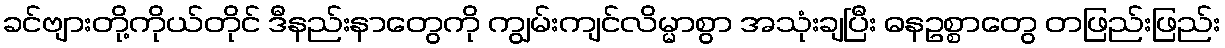
ခင်ဗျားတို့ကိုယ်တိုင် ဒီနည်းနာတွေကို ကျွမ်းကျင်လိမ္မာစွာ အသုံးချပြီး ဓနဥစ္စာတွေ တဖြည်းဖြည်း